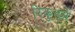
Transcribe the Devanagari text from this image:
रिकुर्ड्स